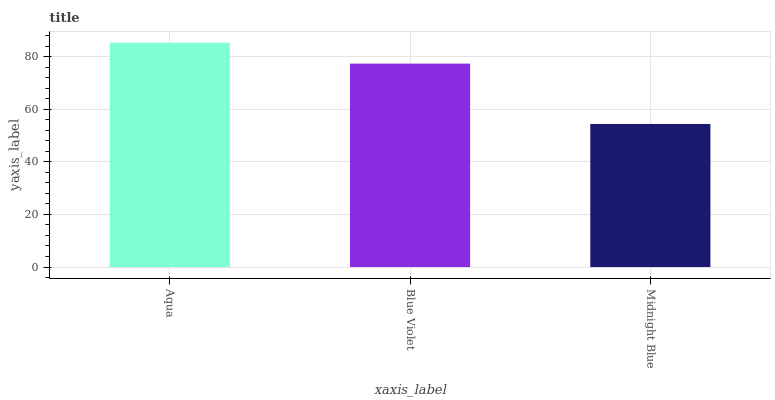
| xaxis_label | bars |
 | --- | --- |
 | Aqua | 85.3 |
 | Blue Violet | 77.3 |
 | Midnight Blue | 54.4 |